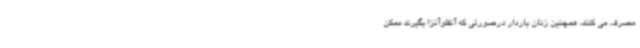
مصرف می کنند، همچنین زنان باردار درصورتی که آنفلوآنزا بگیرند ممکن